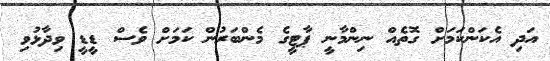
އަދި އެކަންކަމަށް ގޮތެއް ނިންމާނީ ޕާޓީގެ މެންބަރުން ކަމަށް ވެސް ޑީޑީ ވިދާޅުވި